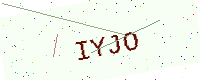
Text: IYJO